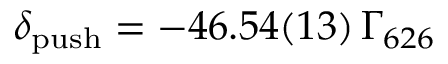
\ensuremath { \delta _ { \mathrm { p u s h } } } = - 4 6 . 5 4 ( 1 3 ) \, \ensuremath { \Gamma _ { 6 2 6 } }